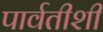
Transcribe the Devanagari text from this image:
पार्वतीशी